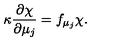
\kappa \frac { \partial \chi } { \partial \mu _ { j } } = f _ { \mu _ { j } } \chi .